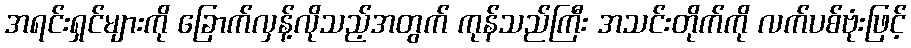
အရင်းရှင်များကို ခြောက်လှန့်လိုသည့်အတွက် ကုန်သည်ကြီး အသင်းတိုက်ကို လက်ပစ်ဗုံးဖြင့်